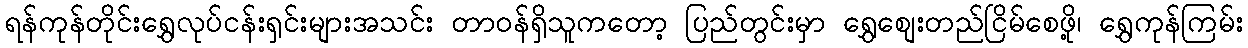
ရန်ကုန်တိုင်းရွှေလုပ်ငန်းရှင်းများအသင်း တာ၀န်ရှိသူကတော့ ပြည်တွင်းမှာ ရွှေစျေးတည်ငြိမ်စေဖို့၊ ရွှေကုန်ကြမ်း